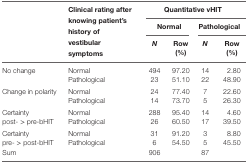
<table><thead><tr><td rowspan="2"></td><td rowspan="3"><b>Clinical rating after knowing patient’s history of vestibular symptoms</b></td><td colspan="4"><b>Quantitative vHIT</b></td></tr><tr><td colspan="2"><b>Normal</b></td><td colspan="2"><b>Pathological</b></td></tr><tr><td></td><td><b><i>N</i></b></td><td><b>Row (%)</b></td><td><b><i>N</i></b></td><td><b>Row (%)</b></td></tr></thead><tbody><tr><td rowspan="2">No change</td><td>Normal</td><td>494</td><td>97.20</td><td>14</td><td>2.80</td></tr><tr><td>Pathological</td><td>23</td><td>51.10</td><td>22</td><td>48.90</td></tr><tr><td rowspan="2">Change in polarity</td><td>Normal</td><td>24</td><td>77.40</td><td>7</td><td>22.60</td></tr><tr><td>Pathological</td><td>14</td><td>73.70</td><td>5</td><td>26.30</td></tr><tr><td rowspan="2">Certainty post- &gt; pre-bHIT</td><td>Normal</td><td>288</td><td>95.40</td><td>14</td><td>4.60</td></tr><tr><td>Pathological</td><td>26</td><td>60.50</td><td>17</td><td>39.50</td></tr><tr><td rowspan="2">Certainty pre- &gt; post-bHIT</td><td>Normal</td><td>31</td><td>91.20</td><td>3</td><td>8.80</td></tr><tr><td>Pathological</td><td>6</td><td>54.50</td><td>5</td><td>45.50</td></tr><tr><td>Sum</td><td></td><td>906</td><td></td><td>87</td><td></td></tr></tbody></table>